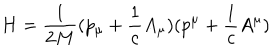
LaTeX: H = \frac { 1 } { 2 M } ( p _ { \mu } + \frac { 1 } { c } A _ { \mu } ) ( p ^ { \mu } + \frac { 1 } { c } A ^ { \mu } )